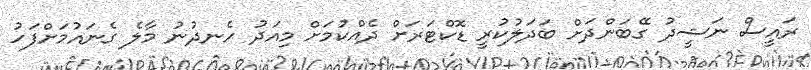
ރައީސް ނަޝީދު ގޭބަންދަށް ބަދަލުކުރީ ޑޮކްޓަރަށް ދެއްކުމަށް މިއަދު ހެނދުނު މާލެ ގެނައުމަށްފަހު